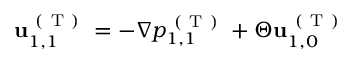
\mathbf { u } _ { 1 , 1 } ^ { \mathrm { ~ ( ~ T ~ ) ~ } } = - \nabla p _ { 1 , 1 } ^ { \mathrm { ~ ( ~ T ~ ) ~ } } + \Theta \mathbf { u } _ { 1 , 0 } ^ { \mathrm { ~ ( ~ T ~ ) ~ } }